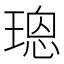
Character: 𤨌